Annual report on the working of the lock hospitals in the Central Provinces
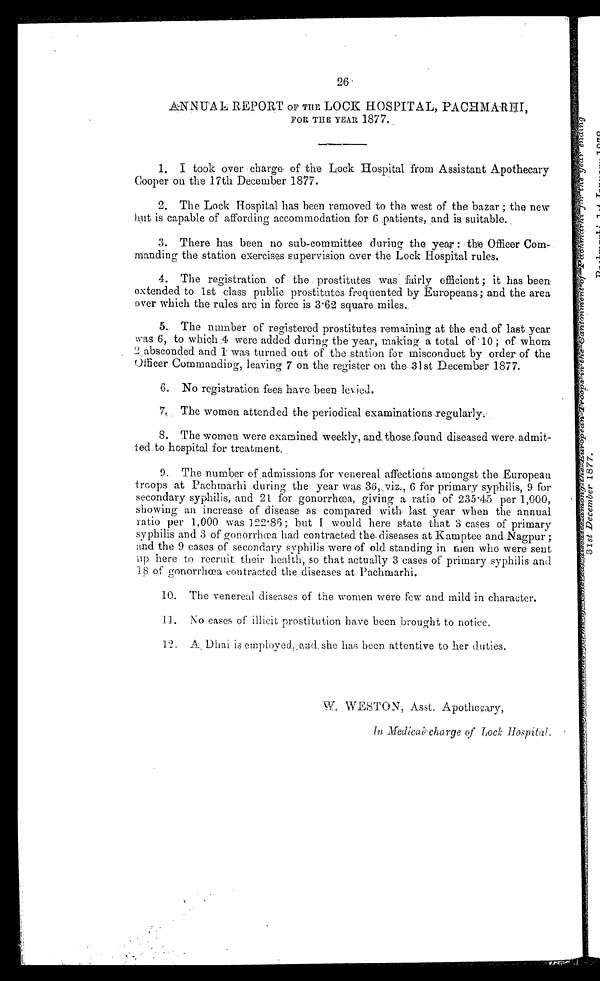
26.
ANNITA In REPORT OF THE LOCK HOSPITAL, PACHMARM,
FOR THE YEAR 1877.
1. I took over ,charge . of the Lock Hospital from Assistant Apothecary
Cooper on the 17th December 1877.
2. The Lock Hospital has been removed to the west of the bazar ; the new
itut is capable of affording accommodation for 6 ,patients, .and.
,
3. There has been no sub-committee during the year : -thie Officer Com,.
•
mandin , (2- the station exercises-supervision over the Lock Hospital rules.
4. The registration. of • the . prostitutes was fairly efficient ; it has been-
extended to 1st class public prostitutes frequented by Europeans.; and the area
over which the rules are in force is 3 . 62 square miles..
5.. The number or registered prostitutes remaining at the end of last year
-was 6, to which .4 were added during the year, making a total of '10 ; of .whom
. 2 . _ absconded and rwas turned out of the station for misconduct by order of the
Officer Commanding, leaving 7 on the register on the -31st D.ecemher 1877.
6. No registration fees have been levied..
7.. The women attended the periodical examinations .regularly:•.
8. The women were examined weekly, and. those.found diseased were,admit-
ted to hospital .for treatment..
9.
The number of _admissions for venereal affections amongst. the European
troops at Pachmarhi during the year was 3. 6 9 .eviz., 6 for primary syphilis, 9 for
secondary syphilis, and 21 for gonorrhcea., (Jiving a ratio of 235-45 per 1,000,
showing an increase of .disease as compared with- last year when the annual
ratio per 1,000 was 122 . 86 ;_ but I would here state that 3 cases of primary
syphilis and 3 of gonorrhcea had contracted the. diseases at Kamptee and Nagpur ;
and the 9 cases of secondary syphilis were of old standing in men who were sent
up here to recruit their health, so that actually 3 cases of primary syphilis and
of gonorrhoea contracted the, diseases at Pachmarhi.
10. The venereal diseases of the women were few and mild in character.
1 . 1. No cases of illicit prostitution have been brought to notice.
12. A , Dhai is cmployedeancl.she has. been attentive to her duties.
W, WESTON. , Asst. Apotheory,
Medicali . charge of L4 oct Hospital,